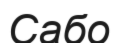
Сабо